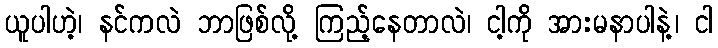
ယူပါဟဲ့၊ နင်ကလဲ ဘာဖြစ်လို့ ကြည့်နေတာလဲ၊ ငါ့ကို အားမနာပါနဲ့၊ ငါ